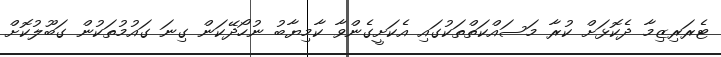
ޓެރަރިޒިމާ ދެކޮޅަށް ކުރާ މަސައްކަތްތަކުގައި އެކަށީގެންވާ ކާމިޔާބު ނުހޯދޭކަން ގިނަ ގައުމުތަކުން ގަބޫލުކޮށް